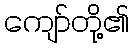
ကျော်တို့၏